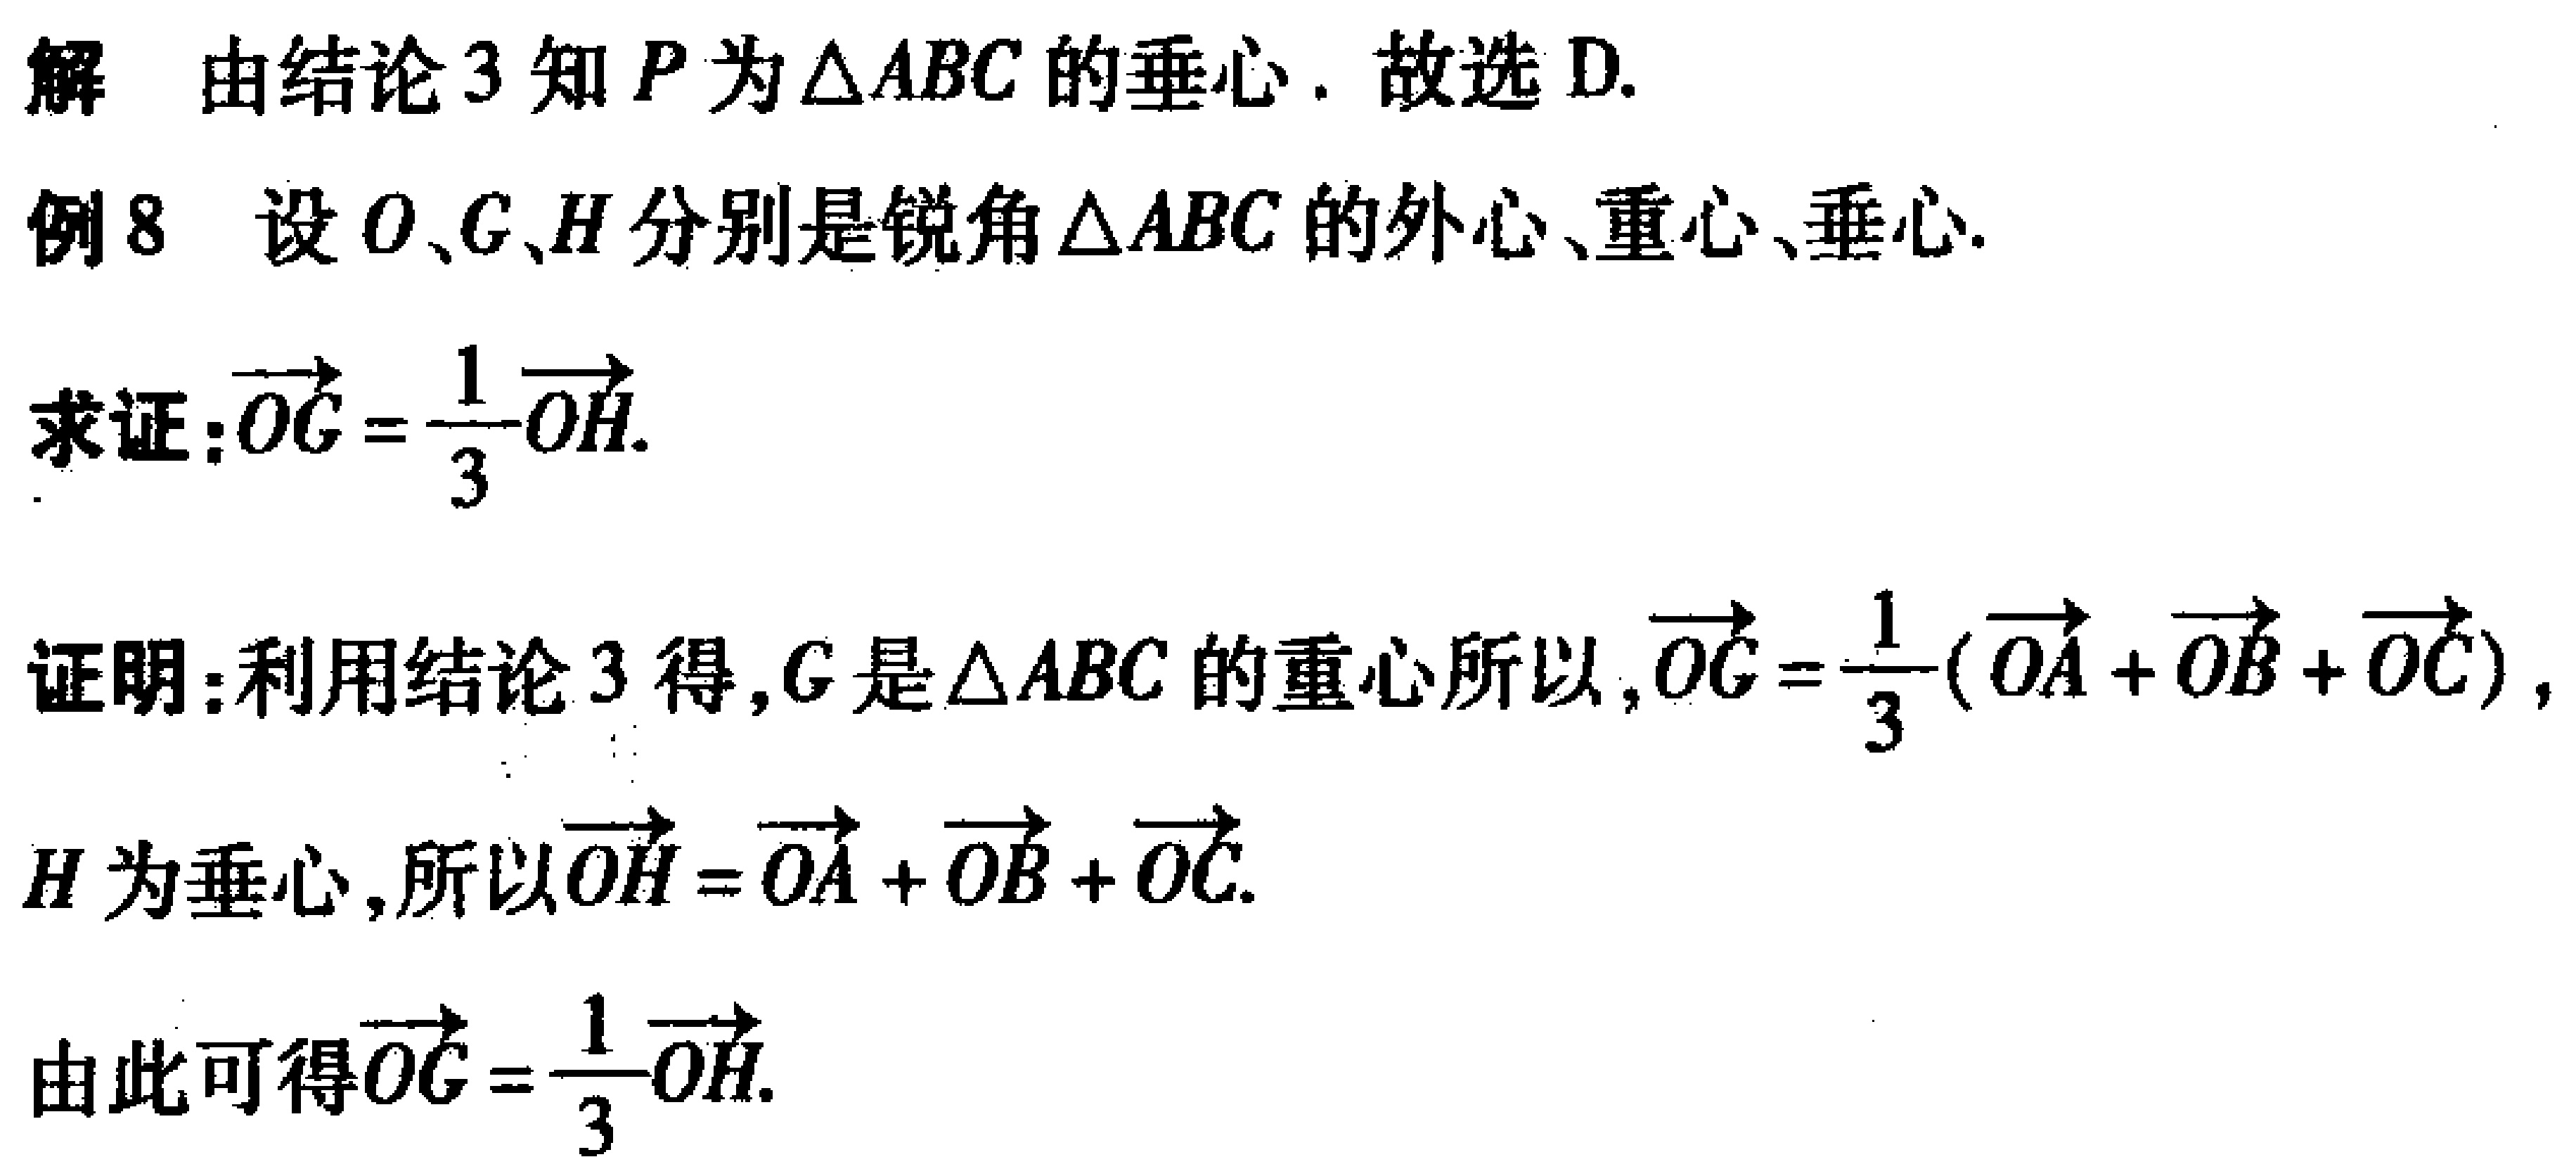
解 由结论3知\(P\)为\(\triangle ABC\)的垂心. 故选D.
例8 设\(O\)、\(G\)、\(H\)分别是锐角\(\triangle ABC\)的外心、重心、垂心.
求证：\(\overrightarrow{OG}=\frac{1}{3}\overrightarrow{OH}\).
证明：利用结论3得，\(G\)是\(\triangle ABC\)的重心所以，\(\overrightarrow{OG}=\frac{1}{3}(\overrightarrow{OA}+\overrightarrow{OB}+\overrightarrow{OC})\)，
\(H\)为垂心，所以\(\overrightarrow{OH}=\overrightarrow{OA}+\overrightarrow{OB}+\overrightarrow{OC}\).
由此可得\(\overrightarrow{OG}=\frac{1}{3}\overrightarrow{OH}\).